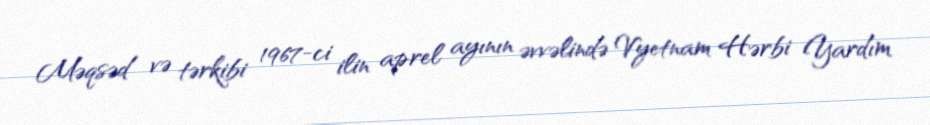
Məqsəd və tərkibi 1967-ci ilin aprel ayının əvvəlində Vyetnam Hərbi Yardım